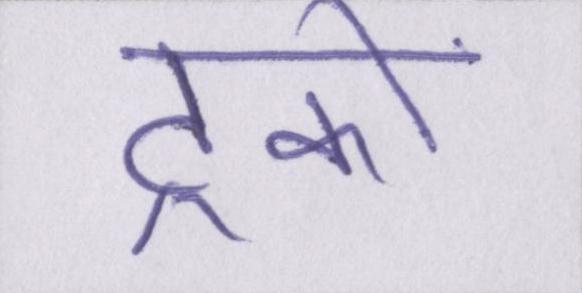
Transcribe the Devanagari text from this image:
ट्रकों